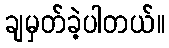
ချမှတ်ခဲ့ပါတယ်။